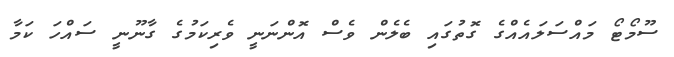
ސޫމޯޓޯ މައްސަލައެއްގެ ގޮތުގައި ބެލެން ވެސް އޮންނަނީ ވެރިކަމުގެ ގާނޫނީ ސައްހަ ކަމާ